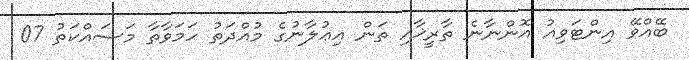
ބޭއްވޭ އިންޓަވިއު އޮންނާނެ ތާރީޚާއި ތަން އިޢުލާނުގެ މުއްދަތު ހަމަވާތާ މަސައްކަތު 07